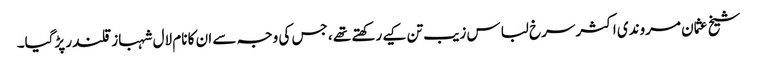
شیخ عثمان مروندی اکثر سرخ لباس زیب تن کیے رکھتے تھے ، جس کی وجہ سے ان کا نام لال شہباز قلندر پڑگیا۔